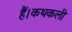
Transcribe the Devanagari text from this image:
हैं।कथकली